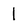
Character: 1